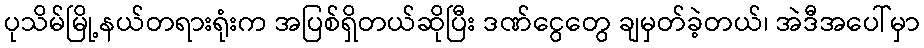
ပုသိမ်မြို့နယ်တရားရုံးက အပြစ်ရှိတယ်ဆိုပြီး ဒဏ်ငွေတွေ ချမှတ်ခဲ့တယ်၊ အဲဒီအပေါ်မှာ